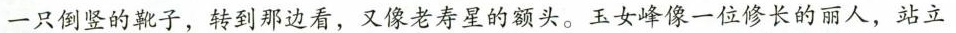
一只倒竖的靴子，转到那边看，又像老寿星的额头。玉女峰像一位修长的丽人，站立